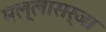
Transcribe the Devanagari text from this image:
मल्लासर्जा